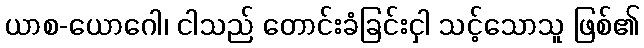
ယာစ-ယောဂေါ၊ ငါသည် တောင်းခံခြင်းငှါ သင့်သောသူ ဖြစ်၏